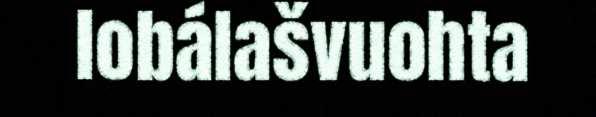
lobálašvuohta